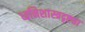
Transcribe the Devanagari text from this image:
ध्वनिशास्त्रदृष्ट्या